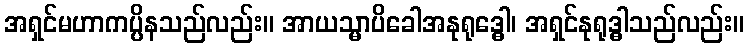
အရှင်မဟာကပ္ပိနသည်လည်း။ အာယသ္မာပိခေါအနုရုဒ္ဓေါ၊ အရှင်နုရုဒ္ဓါသည်လည်း။